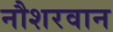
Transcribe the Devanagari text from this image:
नौशरवान